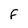
Character: f